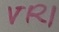
Text: VR1